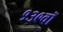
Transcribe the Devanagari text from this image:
१३९वॉ